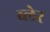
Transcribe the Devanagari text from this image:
व्‍लेर